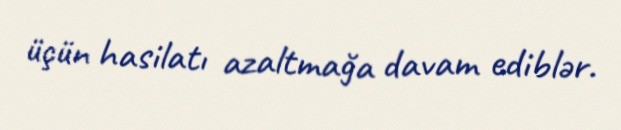
üçün hasilatı azaltmağa davam ediblər.